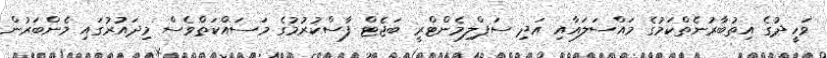
ވަހީދުގެ އިތުބާރުނެތްކަމުގެ މައްސަލައާއި އަދި ސަޕްލިމެންޓްރީ ބަޖެޓް ފާސްކުރުމުގެ މަސައްކަތްވެސް މިދައުރުގައި މެންބަރުން